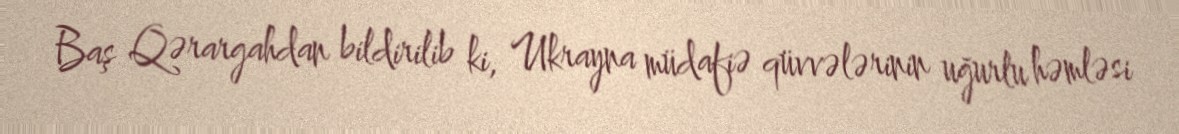
Baş Qərargahdan bildirilib ki, Ukrayna müdafiə qüvvələrinin uğurlu həmləsi